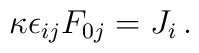
\kappa \epsilon_{ij}F_{0j}= J_i\,.